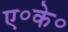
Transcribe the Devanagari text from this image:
ए॰के॰